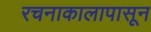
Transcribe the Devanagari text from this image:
रचनाकालापासून